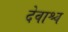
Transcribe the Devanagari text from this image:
देवाश्च